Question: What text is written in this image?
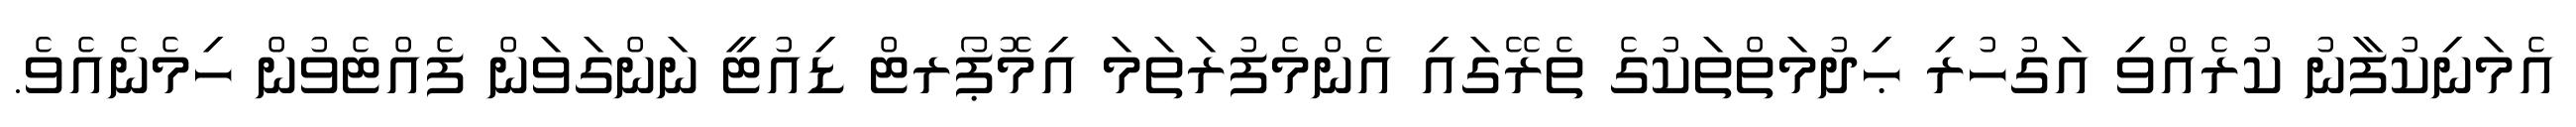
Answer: އެމަނިކުފާނު ކުރެއްވި އަގުހުރި ޙިދުމަތްތަކުގެ ތެރޭގައި އެންމެފުރަތަމަ އިމޮޕޯރޓް ޑިއުޓީ ނަންގަވަން ފެއްޓެވުން ހިމެނެއެވެ.